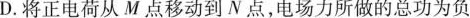
D.将正电荷从M点移动到N点，电场力所做的总功为负